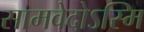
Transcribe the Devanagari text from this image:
सामवेदोऽस्मि